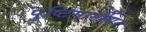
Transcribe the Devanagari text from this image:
पुष्टिमार्गीय।